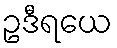
ဥဒီရယေ